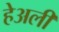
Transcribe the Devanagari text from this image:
हेअली